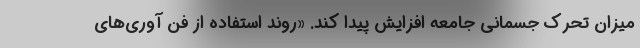
میزان تحرک جسمانی جامعه افزایش پیدا کند. «روند استفاده از فن آوری‌های